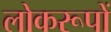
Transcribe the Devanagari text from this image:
लोकरूपों